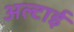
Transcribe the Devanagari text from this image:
अल्टाई